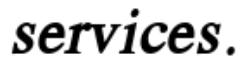
services.